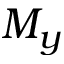
M _ { y }